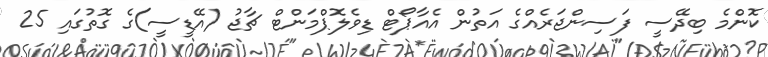
ކޮންމެ ބިދޭސީ ފަސިންޖަރެއްގެ އަތުން އެއާޕޯޓް ޑިވެލޮޕްމަންޓް ޗާޖު (އޭޑީސީ)ގެ ގޮތުގައި 25